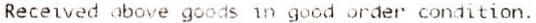
RECEIVED ABOVE GOODS IN GOOD ORDER CONDITION.